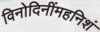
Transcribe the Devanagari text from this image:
विनोदिनींमहनिशं